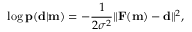
\log \mathbf { p } ( \mathbf { d } | \mathbf { m } ) = - \frac { 1 } { 2 \sigma ^ { 2 } } \| \mathbf { F } ( \mathbf { m } ) - \mathbf { d } \| ^ { 2 } ,